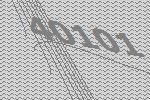
40101